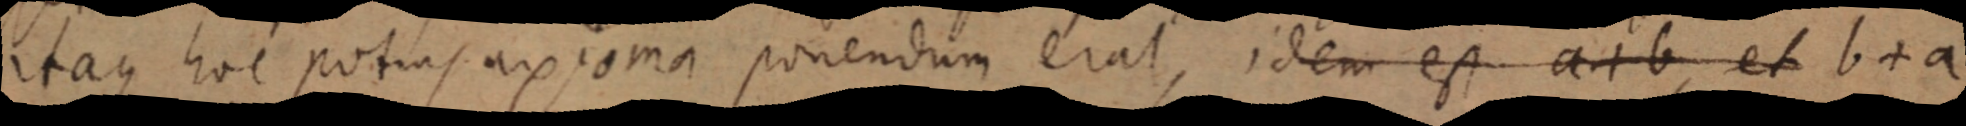
itaque hoc potius axioma ponendum erat, idem est a + b, et b + a